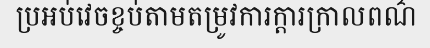
ប្រអប់វេចខ្ចប់តាមតម្រូវការក្តារក្រាលពណ៌